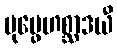
ပုပ္ဖေဟစ္ဆာဒယီ